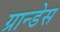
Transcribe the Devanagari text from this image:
ग्रान्डेस